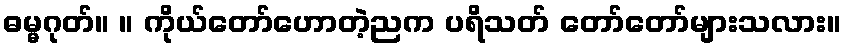
ဓမ္မဂုတ်။ ။ ကိုယ်တော်ဟောတဲ့ညက ပရိသတ် တော်တော်များသလား။